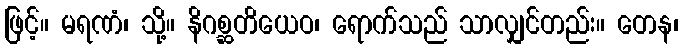
ဖြင့်။ မရဏံ၊ သို့။ နိဂစ္ဆတိယေဝ၊ ရောက်သည် သာလျှင်တည်း။ တေန၊